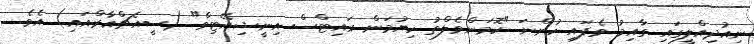
ނިއުދިއްލީގައި ގާއިމު ވެފައި ހުންނަ "ކޮމަންވެލްތު ހިޔުމަން ރައިޓްސް އިނީޝިއޭޓިވް" (ސީއެޗްއާރްއައި) އެވެ.